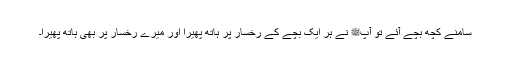
سامنے کچھ بچے آئے تو آپﷺ نے ہر ایک بچے کے رخسار پر ہاتھ پھیرا اور میرے رخسار پر بھی ہاتھ پھیرا۔